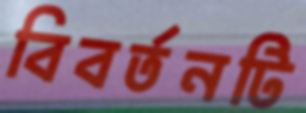
বিবর্তনটি